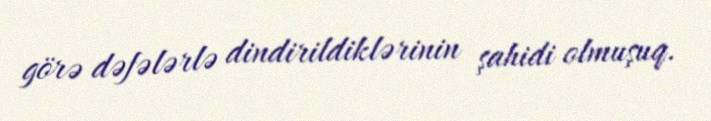
görə dəfələrlə dindirildiklərinin şahidi olmuşuq.